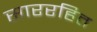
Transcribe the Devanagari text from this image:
साररहित